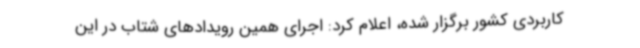
کاربردی کشور برگزار شده، اعلام کرد: اجرای همین رویدادهای شتاب در این